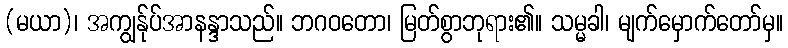
(မယာ)၊ အကျွန်ုပ်အာနန္ဒာသည်။ ဘဂဝတော၊ မြတ်စွာဘုရား၏။ သမ္မခါ၊ မျက်မှောက်တော်မှ။